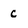
Character: C